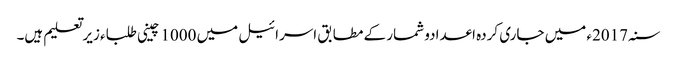
سنہ 2017ء میں جاری کردہ اعدادو شمار کے مطابق اسرائیل میں 1000 چینی طلباء زیرتعلیم ہیں۔